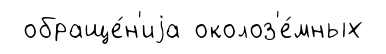
обраще́н'иjа околоз'е́мных